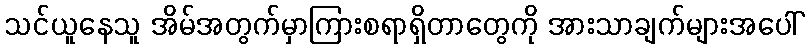
သင်ယူနေသူ အိမ်အတွက်မှာကြားစရာရှိတာတွေကို အားသာချက်များအပေါ်